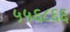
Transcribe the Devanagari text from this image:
५५६८६६